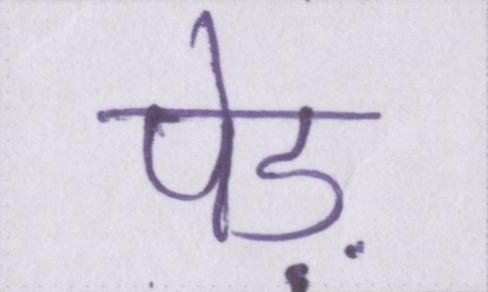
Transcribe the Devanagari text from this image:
पेड़